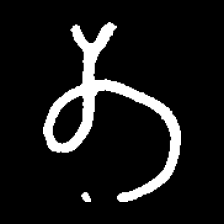
Pyu character \u2014 Myanmar letter: တ (romanized: ta)